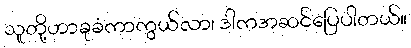
သူတို့ဟာခုခံကာကွယ်လာ၊ ဒါကအဆင်ပြေပါတယ်။